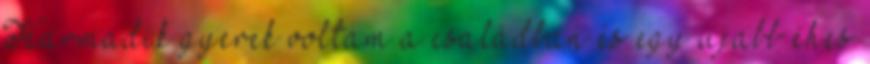
Harmadik gyerek voltam a családban és egy újabb éhes